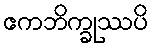
ဧကဘိက္ခုဿပိ